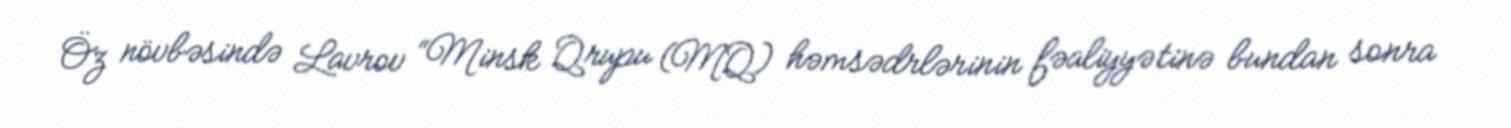
Öz növbəsində Lavrov “Minsk Qrupu (MQ) həmsədrlərinin fəaliyyətinə bundan sonra